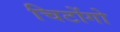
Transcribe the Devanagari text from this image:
चिटोंगो